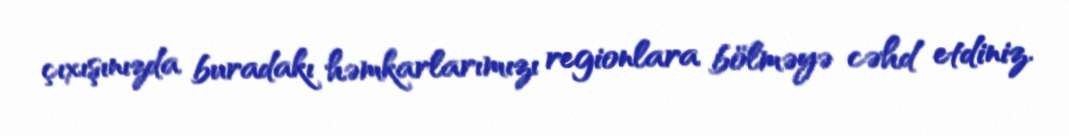
çıxışınızda buradakı həmkarlarımızı regionlara bölməyə cəhd etdiniz.